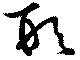
形